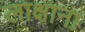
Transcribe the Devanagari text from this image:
लाक्षाना